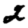
Digit: 2